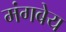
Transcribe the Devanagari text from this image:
मंगबेय